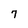
Character: 7